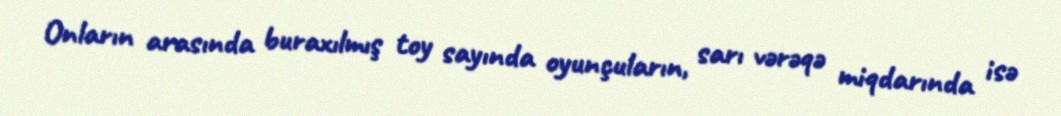
Onların arasında buraxılmış toy sayında oyunçuların, sarı vərəqə miqdarında isə